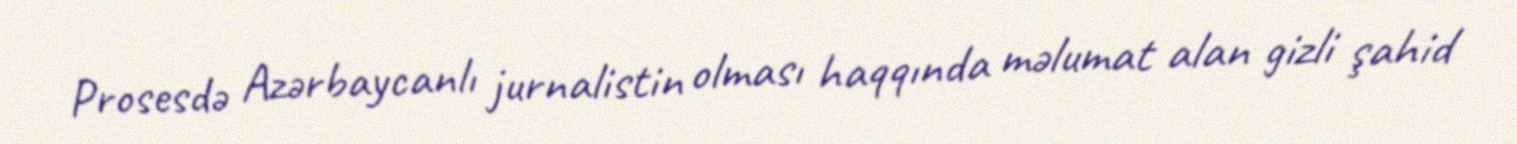
Prosesdə Azərbaycanlı jurnalistin olması haqqında məlumat alan gizli şahid